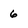
Character: 6